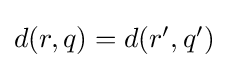
{\textstyle d(r,q)=d(r',q')}